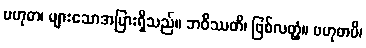
ဗဟုဓာ၊ များသောအပြားရှိသည်။ ဘဝိဿတိ၊ ဖြစ်လတ္တံ့။ ဗဟုဓာပိ၊